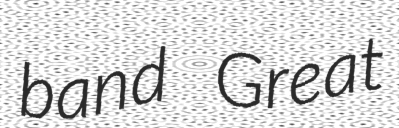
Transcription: band Great